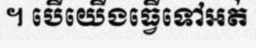
។ បើយើងធ្វើទៅអត់